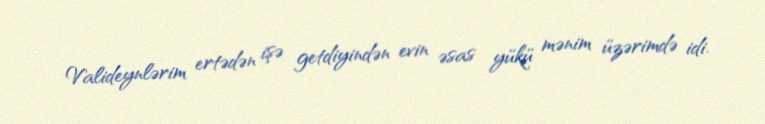
Valideynlərim ertədən işə getdiyindən evin əsas yükü mənim üzərimdə idi.